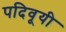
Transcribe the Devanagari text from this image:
पदिवूयी